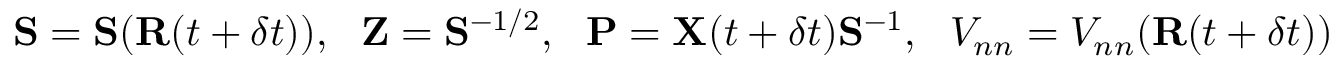
{ \bf S } = { \bf S } ( { \bf R } ( t + \delta t ) ) , ~ ~ { \bf Z } = { \bf S } ^ { - 1 / 2 } , ~ ~ { \bf P } = { \bf X } ( t + \delta t ) { \bf S } ^ { - 1 } , ~ ~ V _ { n n } = V _ { n n } ( { \bf R } ( t + \delta t ) )